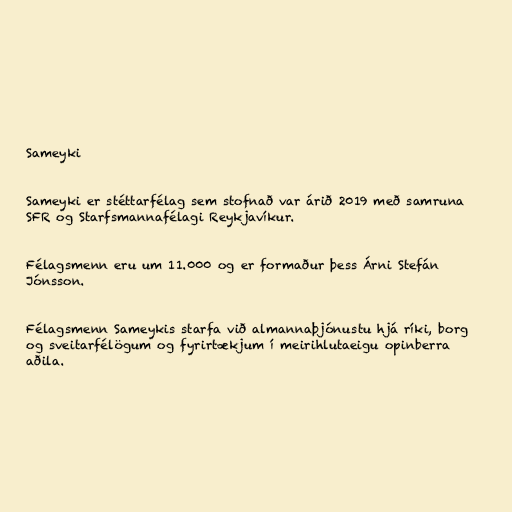
Sameyki

Sameyki er stéttarfélag sem stofnað var árið 2019 með samruna
SFR og Starfsmannafélagi Reykjavíkur.

Félagsmenn eru um 11.000 og er formaður þess Árni Stefán
Jónsson.

Fé­lags­menn Sam­eyk­is starfa við almannaþjón­ustu hjá ríki, borg
og sveit­ar­fé­lög­um og fyr­ir­tækj­um í meiri­hluta­eigu op­in­berra
aðila.